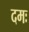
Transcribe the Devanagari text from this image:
दमः